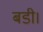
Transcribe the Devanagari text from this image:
बडी।